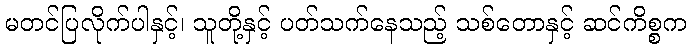
မတင်ပြလိုက်ပါနှင့်၊ သူတို့နှင့် ပတ်သက်နေသည့် သစ်တောနှင့် ဆင်ကိစ္စက